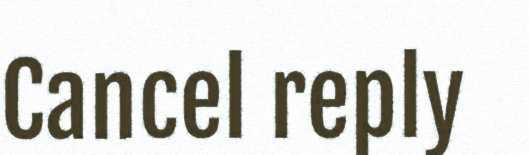
Cancel reply